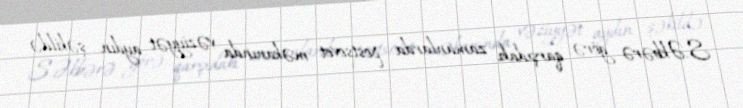
S.Əkbərə görə, qarşıdakı zamanlarda postsovet məkanında vəziyyət aydın şəkildə